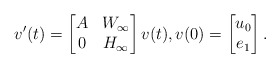
\begin{align*}v'(t)=\begin{bmatrix}A &W_\infty\\ 0 & H_\infty\end{bmatrix}v(t), v(0) = \begin{bmatrix} u_0 \\ e_1 \end{bmatrix}.\end{align*}